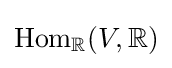
{\text{Hom}}_{\mathbb {R} }(V,\mathbb {R} )